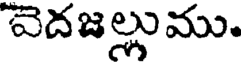
వెదజల్లుము.